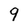
Character: 9